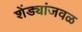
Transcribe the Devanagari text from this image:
शेंड्यांजवळ